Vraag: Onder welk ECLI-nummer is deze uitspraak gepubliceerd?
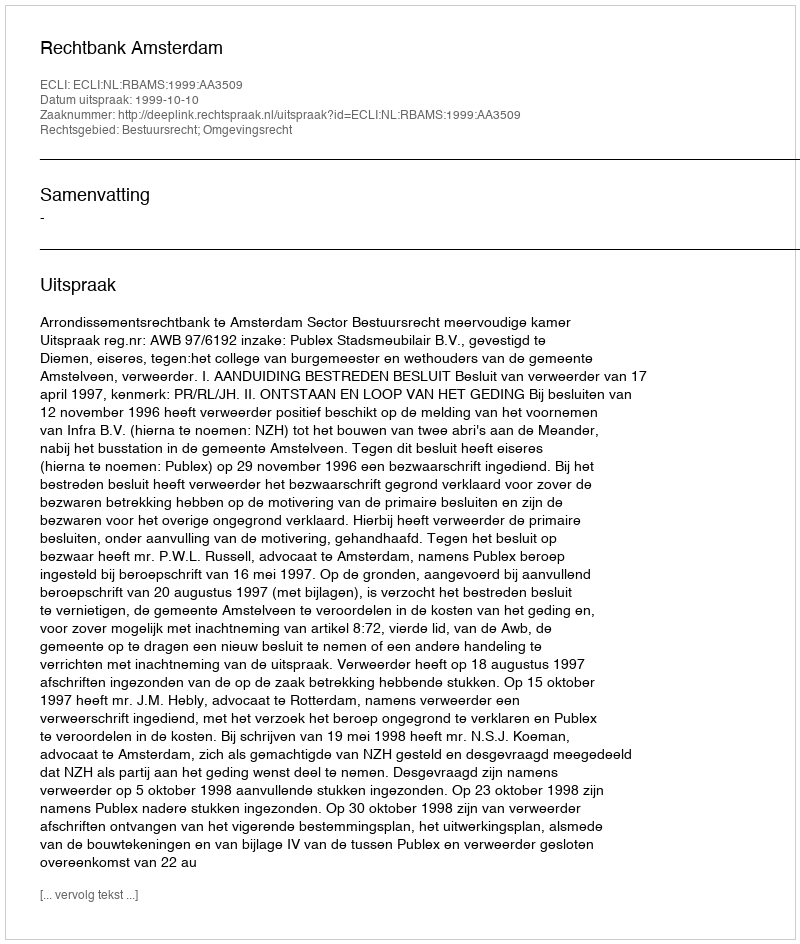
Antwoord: ECLI:NL:RBAMS:1999:AA3509